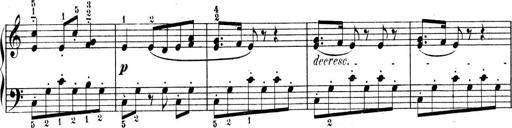
Title: 9 Sonatinen
Composer: Alexander Winterberger